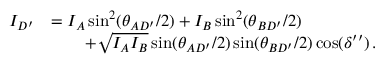
\begin{array} { r l } { I _ { D ^ { \prime } } } & { = I _ { A } \sin ^ { 2 } ( \theta _ { A D ^ { \prime } } / 2 ) + I _ { B } \sin ^ { 2 } ( \theta _ { B D ^ { \prime } } / 2 ) } \\ & { \qquad + \sqrt { I _ { A } I _ { B } } \sin ( \theta _ { A D ^ { \prime } } / 2 ) \sin ( \theta _ { B D ^ { \prime } } / 2 ) \cos ( \delta ^ { \prime \prime } ) \, . } \end{array}